Investigations on Bengal jail dietaries - Number 37
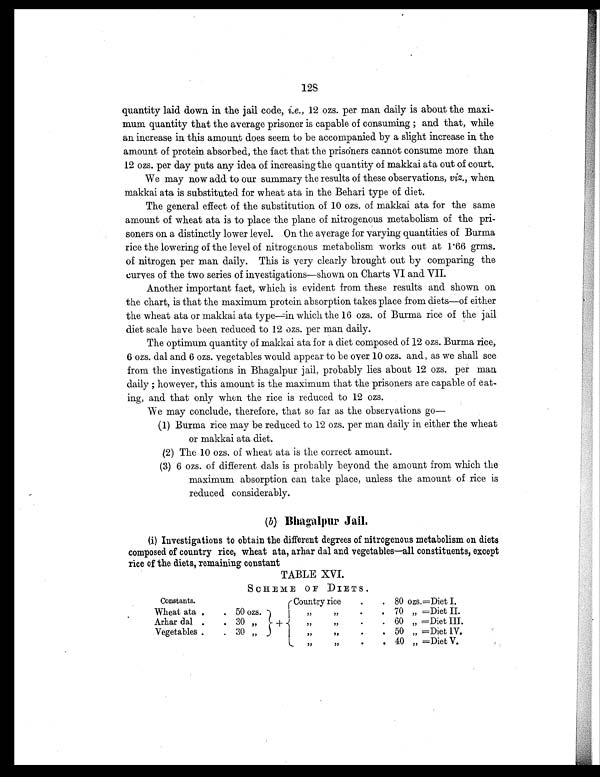
128
quantity laid down in the jail code, i.e., 12 ozs. per man daily is about the maxi-
mum quantity that the average prisoner is capable of consuming ; and that, while
an increase in this amount does seem to be accompanied by a slight increase in the
amount of protein absorbed, the fact that the prisoners cannot consume more than
12 ozs. per day puts any idea of increasing the quantity of makkai ata out of court.
We may now add to our summary the results of these observations, viz., when
makkai ata is substituted for wheat ata in the Behari type of diet.
The general effect of the substitution of 10 ozs. of makkai ata for the same
amount of wheat ata is to place the plane of nitrogenous metabolism of the pri-
soners on a distinctly lower level. On the average for varying quantities of Burma
rice the lowering of the level of nitrogenous metabolism works out at 1.66 grms.
of nitrogen per man daily. This is very clearly brought out by comparing the
curves of the two series of investigations—shown on Charts VI and VII.
Another important fact, which is evident from these results and shown on
the chart, is that the maximum protein absorption takes place from diets—of either
the wheat ata or makkai ata type—in which the 16 ozs. of Burma rice of the jail
diet scale have been reduced to 12 ozs. per man daily.
The optimum quantity of makkai ata for a diet composed of 12 ozs. Burma rice,
6 ozs. dal and 6 ozs. vegetables would appear to be over 10 ozs. and, as we shall see
from the investigations in Bhagalpur jail, probably lies about 12 ozs. per man
daily ; however, this amount is the maximum that the prisoners are capable of eat-
ing, and that only when the rice is reduced to 12 ozs.
We may conclude, therefore, that so far as the observations go—
(1) Burma rice may be reduced to 12 ozs. per man daily in either the wheat
or makkai ata diet.
(2) The 10 ozs. of wheat ata is the correct amount.
(3) 6 ozs. of different dals is probably beyond the amount from which the
maximum absorption can take place, unless the amount of rice is
reduced considerably.
(b) Bhagalpur Jail.
(i) Investigations to obtain the different degrees of nitrogenous metabolism on diets
composed of country rice, wheat ata, arhar dal and vegetables—all constituents, except
rice of the diets, remaining constant
TABLE XVI.
SCHEME OF DIETS.
Constants.
+
Country rice
.
. 80 ozs. =Diet I.
Wheat ata .
. 50 ozs.
„
„
.
. 70 „ =Diet II.
Arhar dal .
. 30 „
,,
,,
.
. 60 „ =Diet III.
Vegetables .
. 30 „
„
„
.
. 50 „ =Diet IV.
„
„
.
. 40 „ =Diet V.